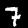
Digit: 7